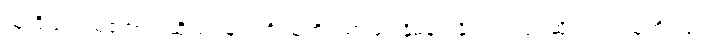
သူတို့သည် မကောင်းဆိုးရွားများကို သူတို့ပညာဖြင့် နှိမ်နင်းနိုင်သည်ဟု ဆိုသည်း သူတို့သည်